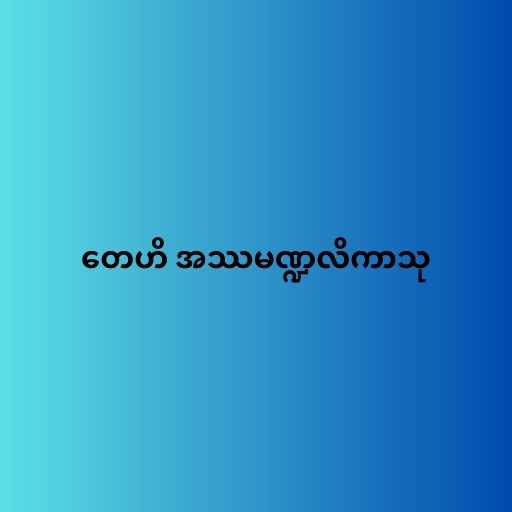
တေဟိ အဿမဏ္ဍလိကာသု